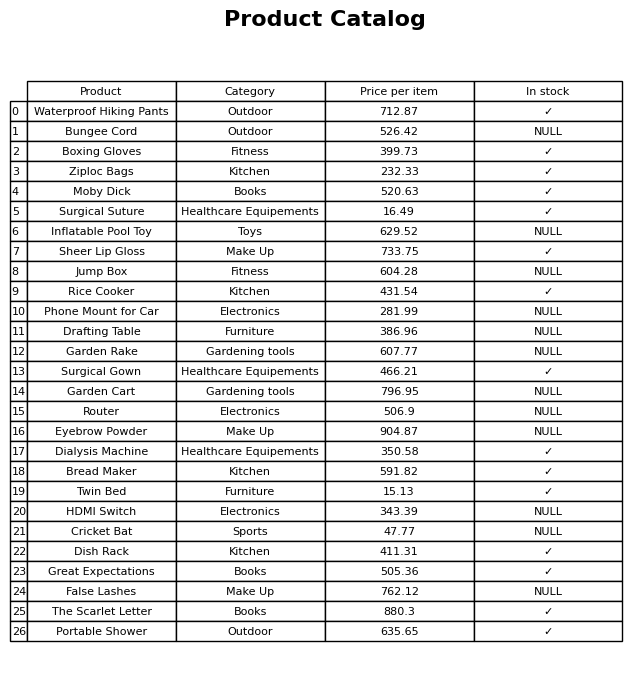
question: What is the price for Ziploc Bags?
answer: The price of Ziploc Bags is 232.33.